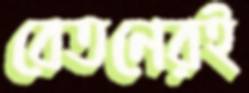
বেতনেরই